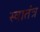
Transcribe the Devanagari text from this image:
स्‍वातंत्र